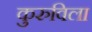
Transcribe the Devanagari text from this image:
कुरुविला